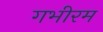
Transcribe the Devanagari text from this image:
गभीरम